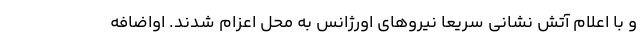
و با اعلام آتش نشانی سریعا نیرو‌های اورژانس به محل اعزام شدند. اواضافه